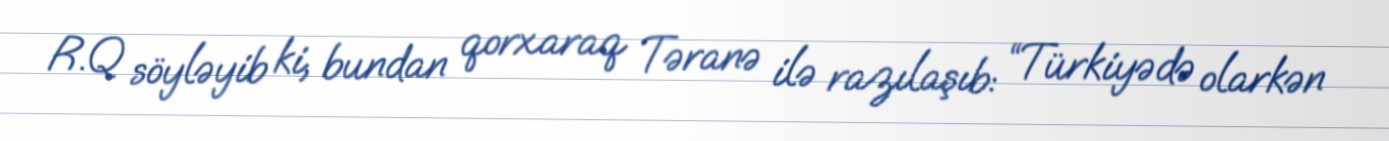
R.Q söyləyib ki, bundan qorxaraq Təranə ilə razılaşıb: “Türkiyədə olarkən